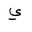
Letter: _ya